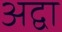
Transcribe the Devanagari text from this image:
अद्वा